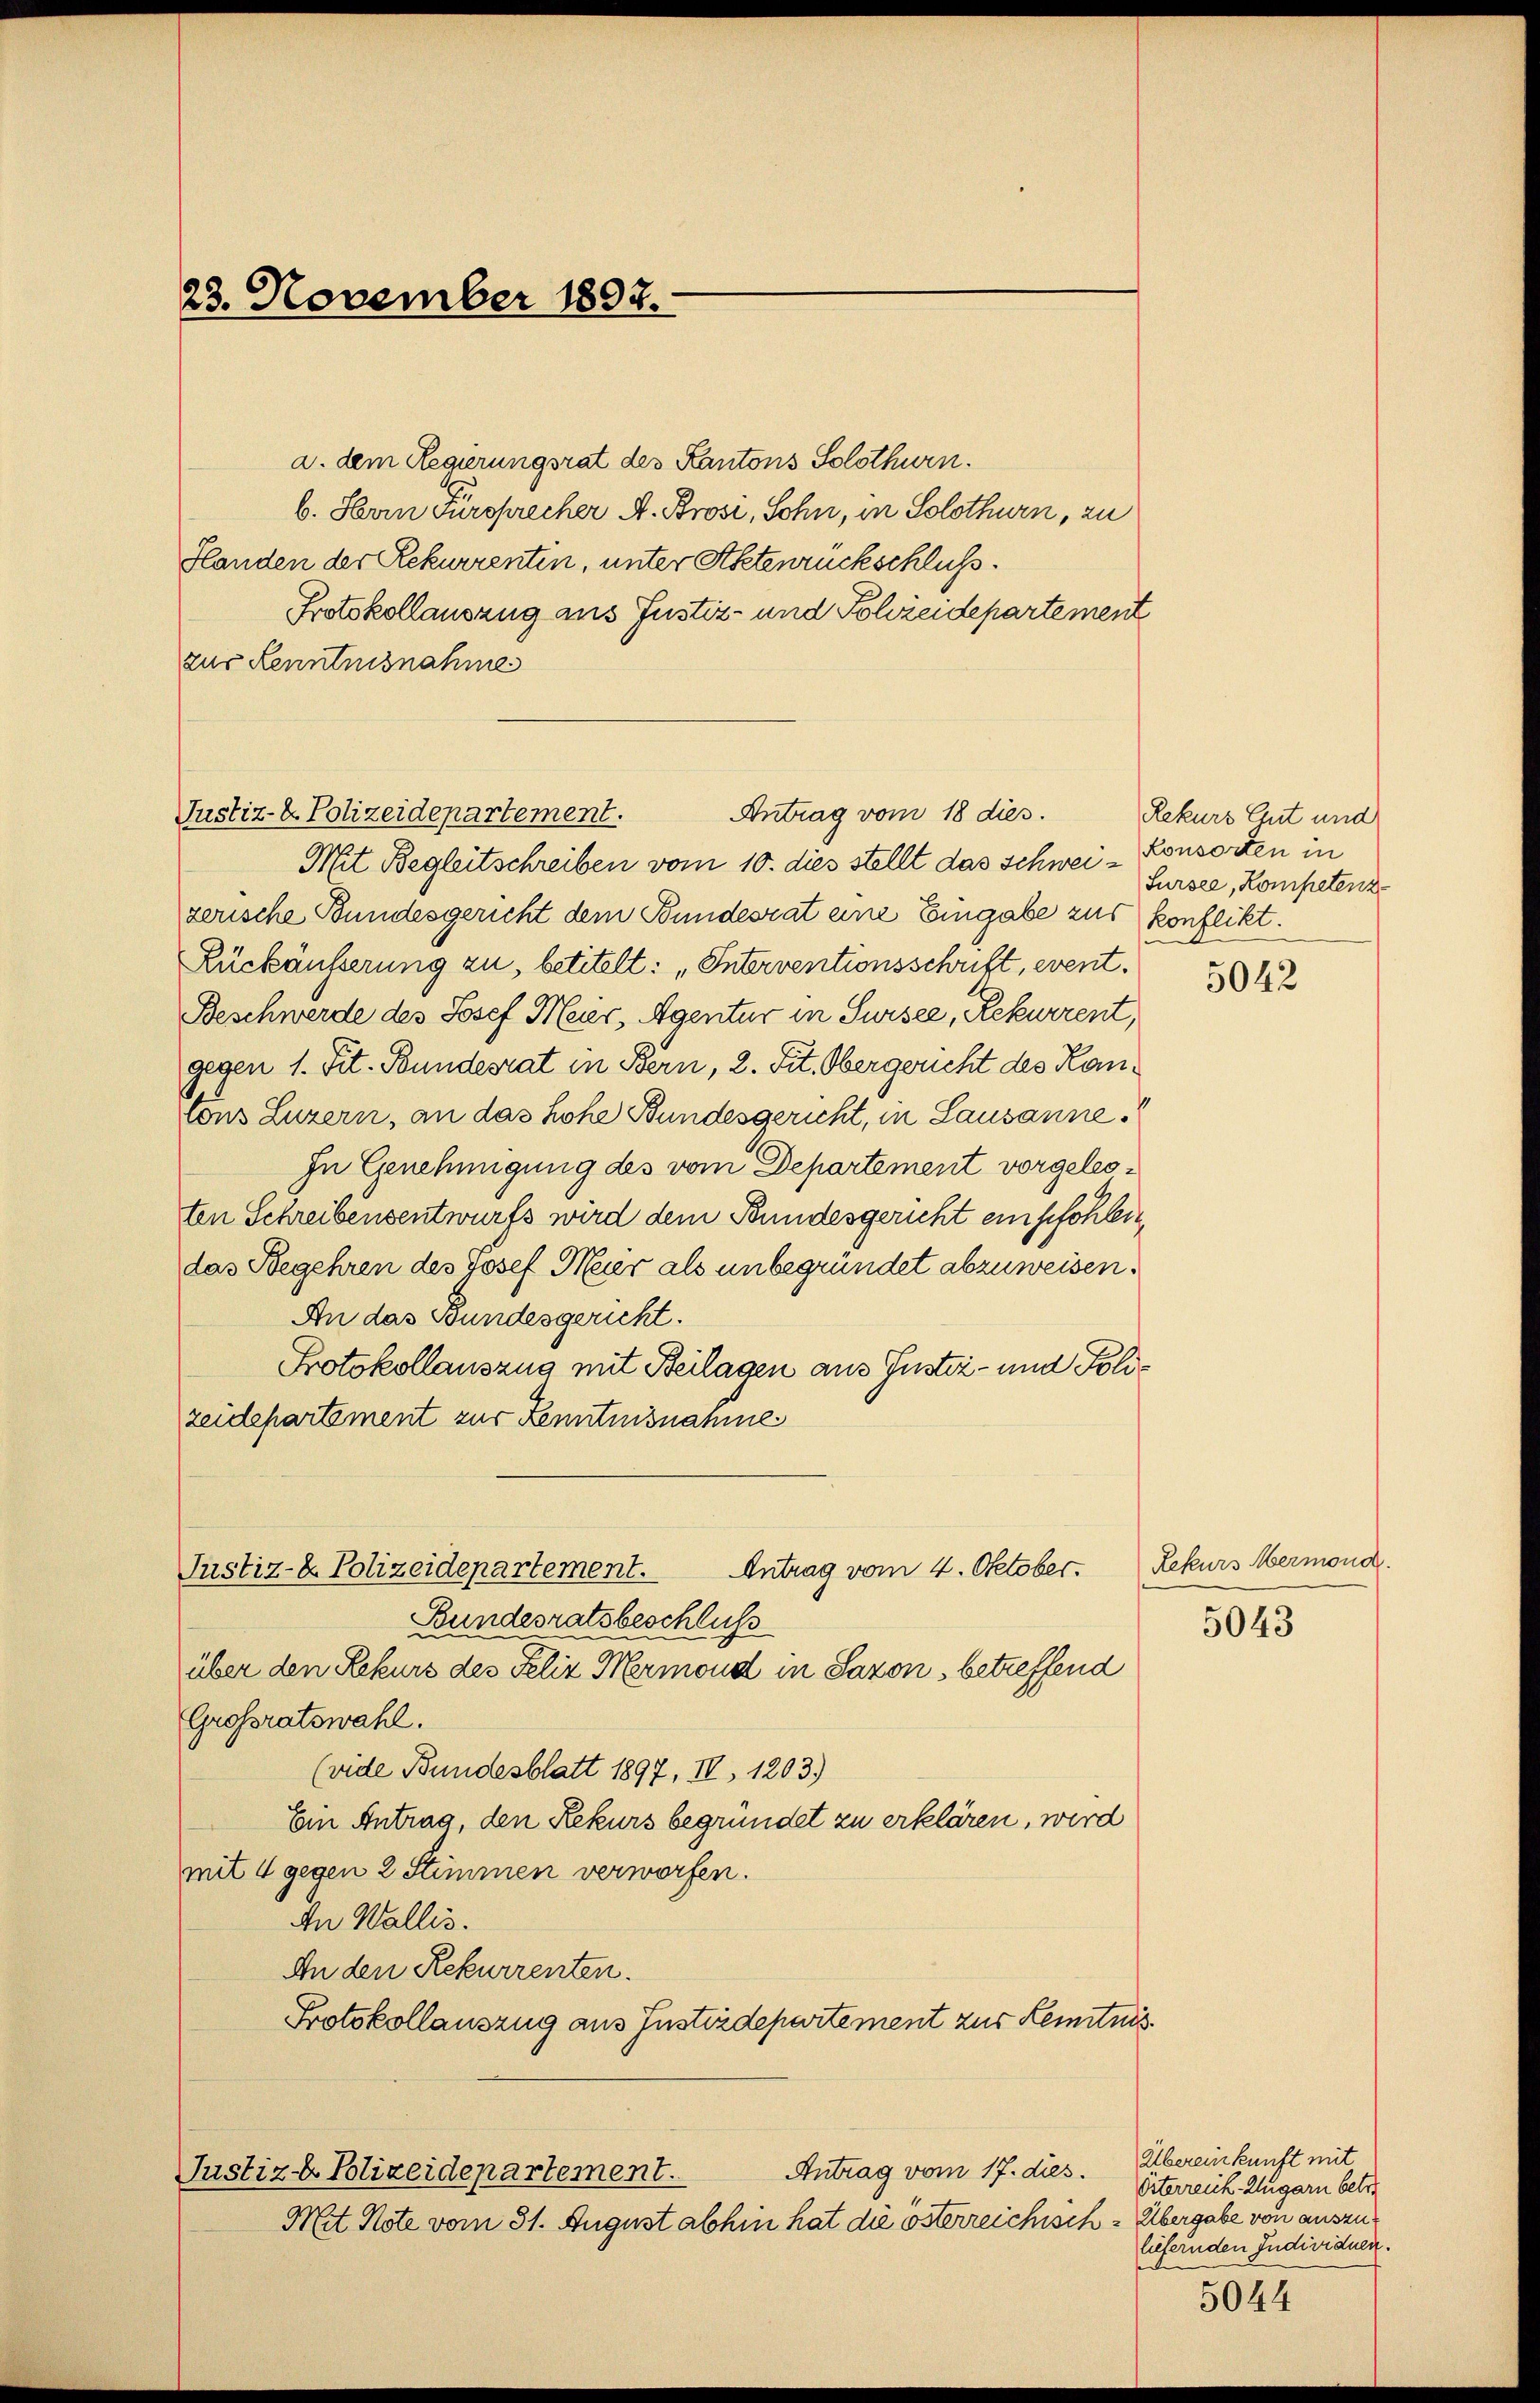
23. November 1897.

a. dem Regierungsrat des Kantons Solothurn.
b. Herrn Fürsprecher A. Brosi, Sohn, in Solothurn, zu
Handen der Rekurrenten, unter Aktenrückschluß
Protokollauszug aus Justiz- und Schreidepartement
zur Kenntnisnahme
Antrag vom 18 dies.
Justiz- & Polizeidepartement.
Mit Begleitschreiben vom 10. dies stellt das Schwei- Konsorten in
zerische Bundesgericht dem Bundesrat eine Eingabe zur konflikt.
Rückäußerung zu, betitelt: „Interventionsschrift, event.
Beschwerde des Josef Meier, Agentur in Sursee, Rekurrent,
gegen 1. Tit. Bundesrat in Bern, 2. Tit. Obergericht des Kanlons Luzern, an das hohe Bundesgericht, in Lausanne.
In Genehmigung des vom Departement vorgelegten Schreibensentwurfs wird dem Bundesgericht empfohlen,
das Begehren des Josef Meier als unbegründet abzuweisen.
An das Bundesgericht.
Protokollauszug mit Beilagen aus Justiz- und Polizeidepartement zur Kenntnisnamne
Justiz- & Polizeidepartement.
Antrag vom 4. Oktober.
Bundesratsbeschluß
über den Rekurs des Felix Mermond in Sazon, betreffend
Großratswahl.
(vide Bundesblatt 1897, II, 1203.)
Ein Antrag, den Rekurs begründet zu erklären, wird
mit 4 gegen 2 Stimmen verworfen.
An Wallis.
An den Rekurrenten.
Protokollauszug aus Instizdepartement zur Kenntnis.
Antrag vom 17. dies.
Justiz- & Polizeidepartement.
Mit Note vom 31. August abhin hat die österreichisch = Übergabe von auszu¬

Rekurs Cart und
Sursee, Kompetenz

5042

Rekurs Mermona

5043

Übereinkunft mit
Eiterreich. Zugarn betre
liefernden Individuen.
n

5044